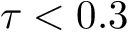
\tau < 0 . 3